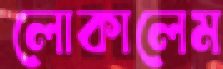
লোকালেম